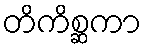
တိကိစ္ဆကာ